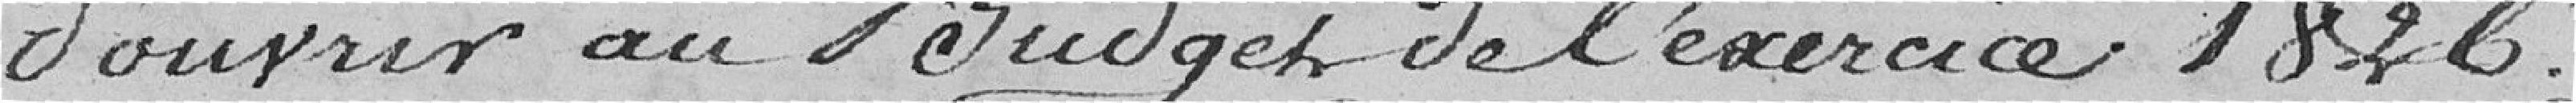
d'ouvrir au budget de l'année 1826.